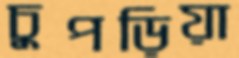
চুপড়িয়া